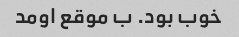
خوب بود. ب موقع اومد